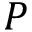
P